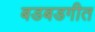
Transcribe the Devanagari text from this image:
बडबडगीत